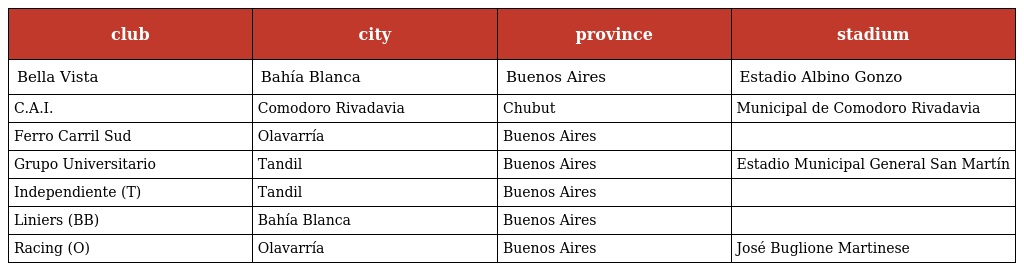
| club | city | province | stadium |
 | --- | --- | --- | --- |
 | Bella Vista | Bahía Blanca | Buenos Aires | Estadio Albino Gonzo |
 | C.A.I. | Comodoro Rivadavia | Chubut | Municipal de Comodoro Rivadavia |
 | Ferro Carril Sud | Olavarría | Buenos Aires |  |
 | Grupo Universitario | Tandil | Buenos Aires | Estadio Municipal General San Martín |
 | Independiente (T) | Tandil | Buenos Aires |  |
 | Liniers (BB) | Bahía Blanca | Buenos Aires |  |
 | Racing (O) | Olavarría | Buenos Aires | José Buglione Martinese |